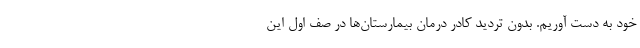
خود به دست آوریم. بدون تردید کادر درمان بیمارستان‌ها در صف اول این